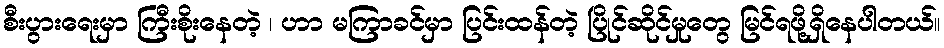
စီးပွားရေးမှာ ကြီးစိုးနေတဲ့ ၊ ဟာ မကြာခင်မှာ ပြင်းထန်တဲ့ ပြိုင်ဆိုင်မှုတွေ မြင်ရဖို့ရှိနေပါတယ်။